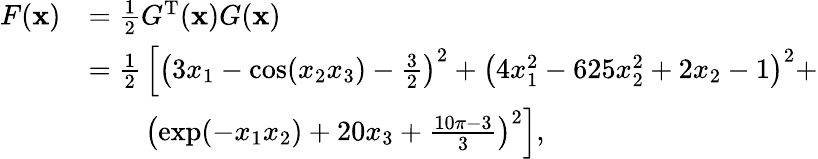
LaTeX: {\begin{array}{rl}{F(\mathbf{x})}&{={\frac{1}{2}}G^{\mathrm{T}}(\mathbf{x})G(\mathbf{x})}\\ &{={\frac{1}{2}}\left[\left(3x_{1}-\cos(x_{2}x_{3})-{\frac{3}{2}}\right)^{2}+\left(4x_{1}^{2}-625x_{2}^{2}+2x_{2}-1\right)^{2}+\right.}\\ &{\qquad\left.\left(\exp(-x_{1}x_{2})+20x_{3}+{\frac{10\pi-3}{3}}\right)^{2}\right],}\end{array}}